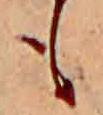
も